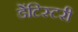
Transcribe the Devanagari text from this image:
डेंटिस्टरी